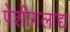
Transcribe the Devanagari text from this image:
पेशीगलाद्य